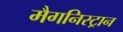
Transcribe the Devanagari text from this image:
मैगनिस्ट्रान